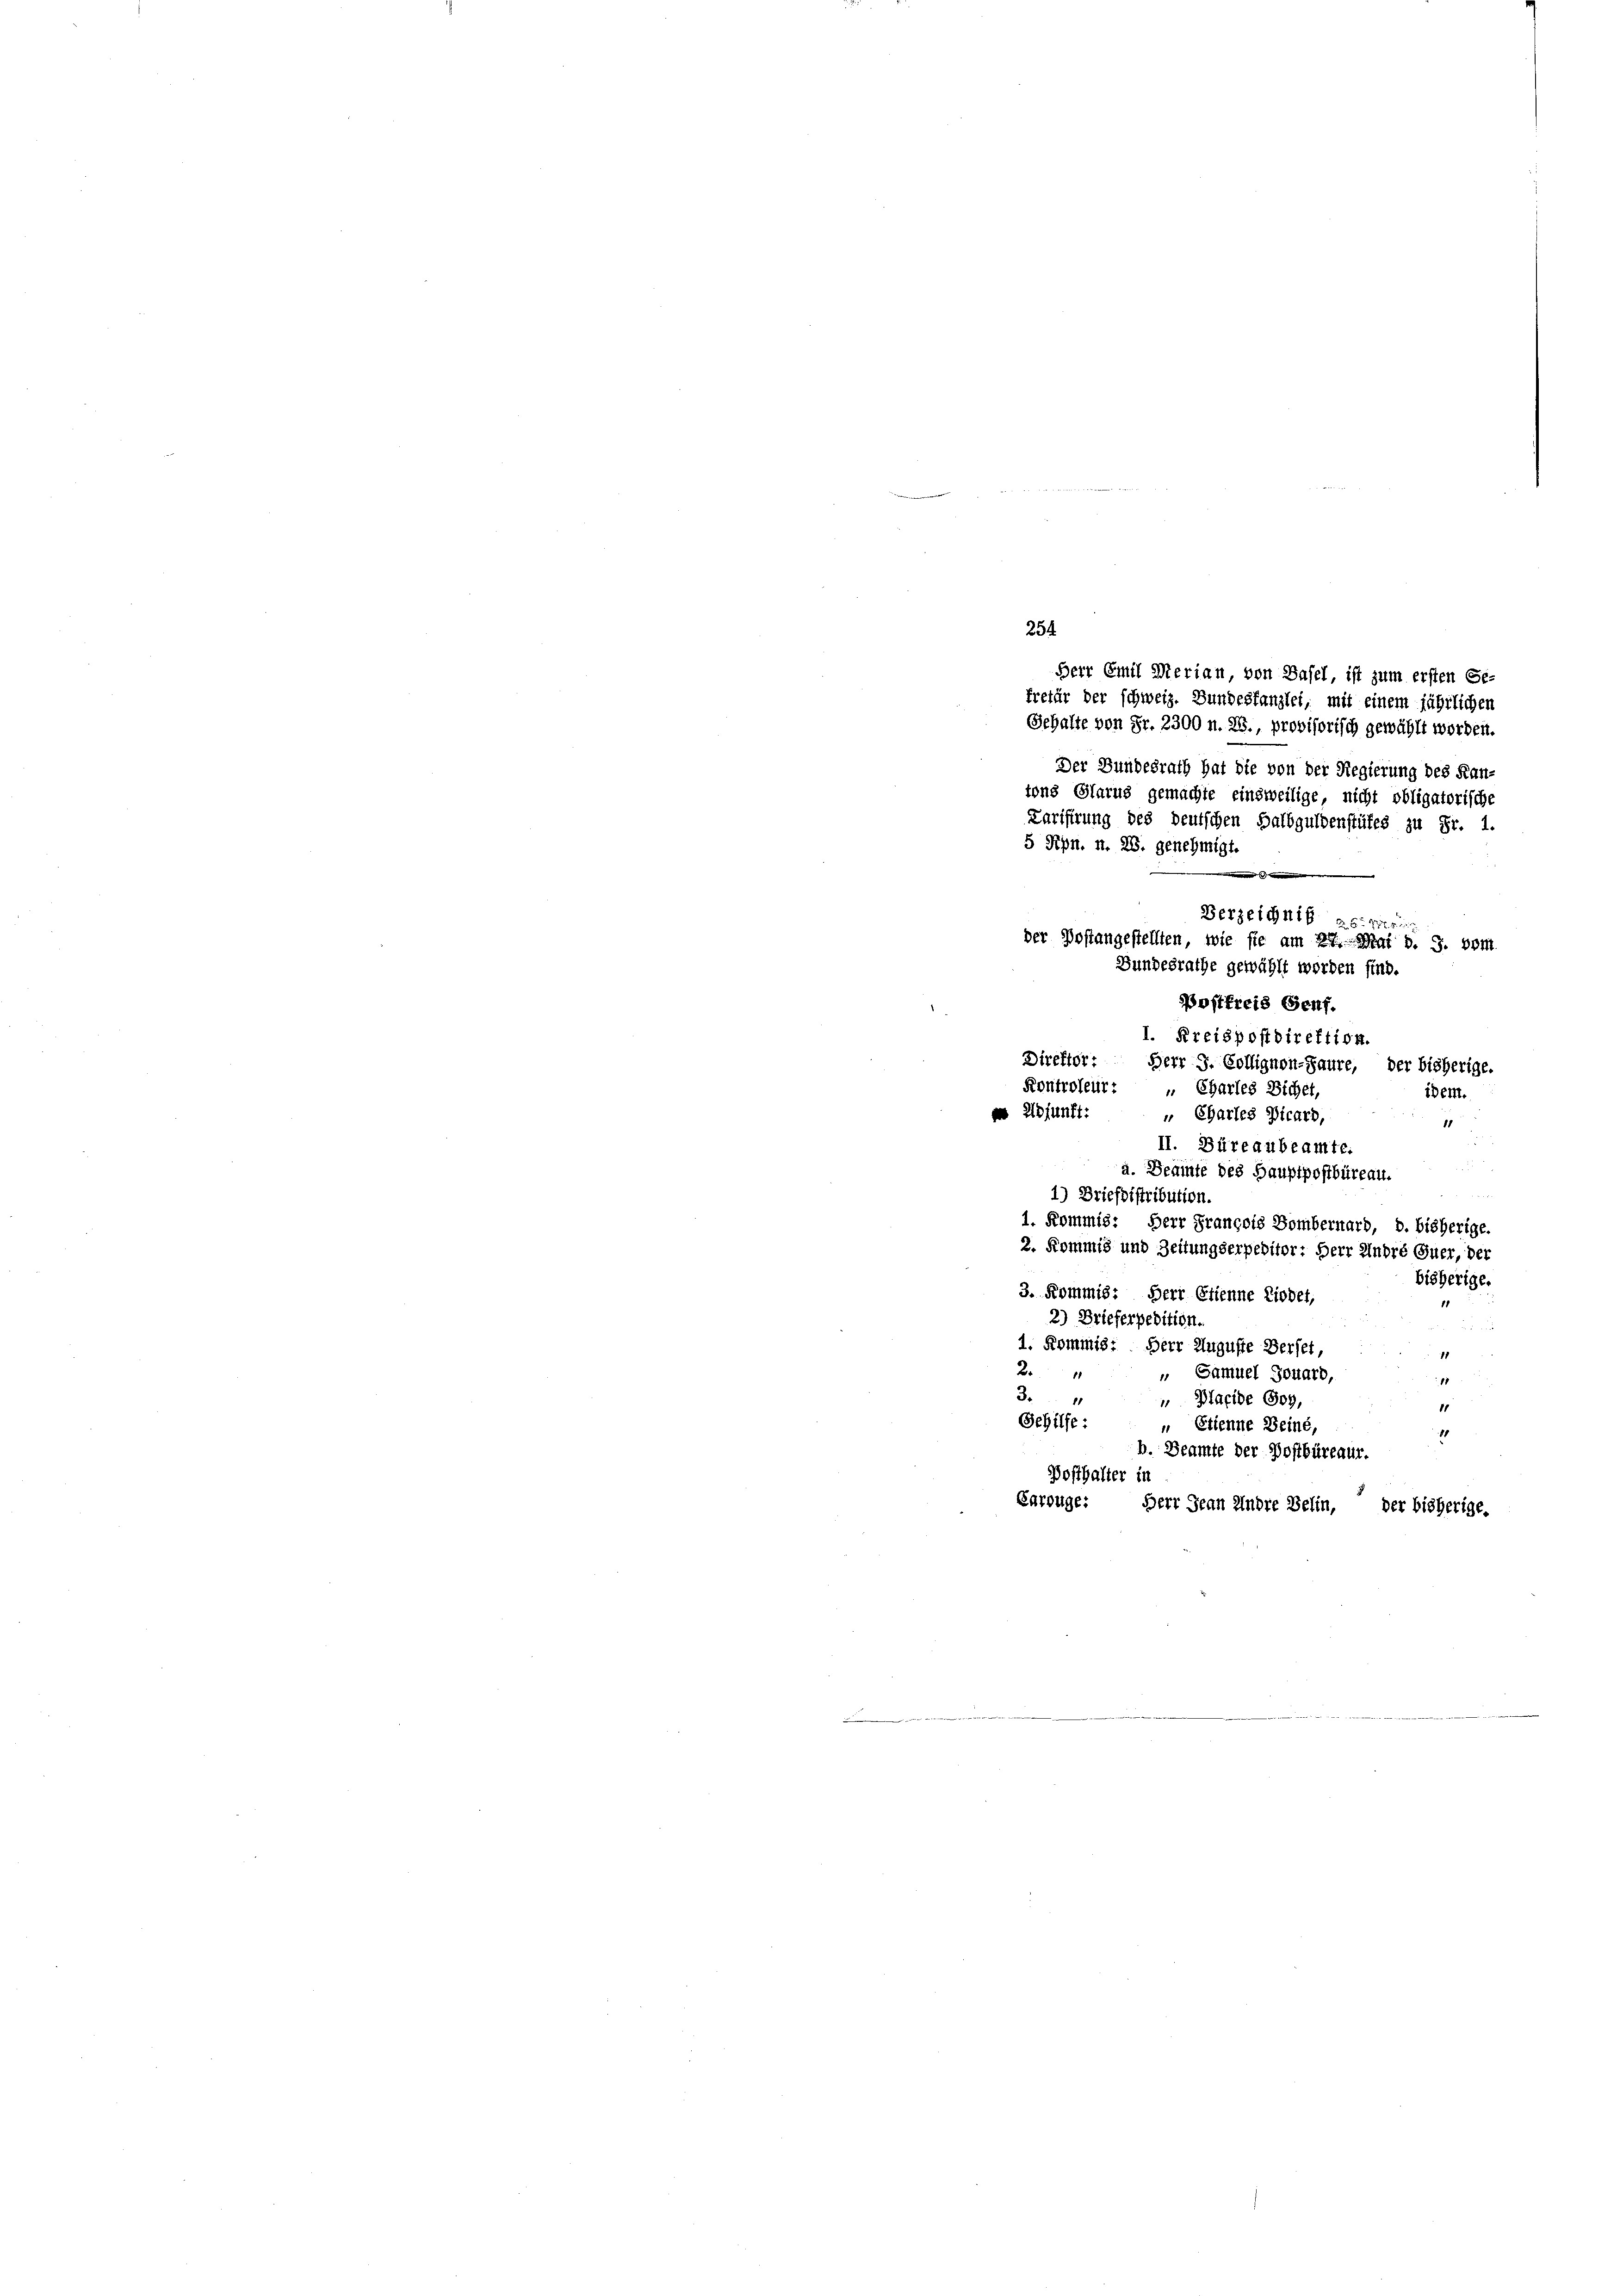
Gehalte von Fr. 2300 n. 28., provisorisch gewählt worden.
Der Bundesrath hat die von der Regierung des Kan-
tons Glarus gemachte einsweilige, nicht obligatorische
Berzeichnis astr
der Postangestellten, wie sie am 24. Mai d. J. vom
Bundesrathe gewählt worden sind.
Postfreis Genf.
1. Kreispostdirektion.
Direktor. Herr J. Collignon-Jaure, der bisherige.
Kontroleur: „ Charles Sichet,
idem.
d Adjunft:
" Charles Vicard,
11
II. Büreaubeamte.
a. Beamte des Hauptpostbüreau.
1) Briefsistribution.
1. Kommis. Herr Prançois Dombernard, b. bisherige
2. Kommis und Zeitungserpebitor: Herr André Euer, der
bisherige.
3. Kommis: Herr Etienne Liedet,
2) Brieferpedition.
1. Kommis: Herr Auguste Berfet,
2
" Samuel Jouard,
11
3
 Macide Goy,
11
Sehilfe: „ Etienne Beiné,
81
b. Beamte der Postbüreaur.
Posthalter in
Karouge: Herr Jean Andre Belin, der bisherige.

254
Herr Emil Merian von Basel, ist zum ersten Ge-
frefür der schweiz. Bundestanzlei, mit einem jährlichen

Larifirung des deutschen Halbguldenstütes zu Fr. 1.
5 Rpn. n. 28. genehmigt.